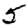
Digit: 5